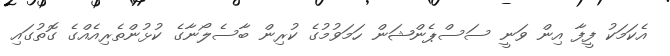
އެކަމަކު ފީފާ އިން ވަނީ ސަސްޕެންޝަން ހަމަވުމުގެ ކުރިން ބާސެލޯނާގެ ކުޅުންތެރިއެއްގެ ގޮތުގައި